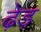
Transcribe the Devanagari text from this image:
ढ़ेड़